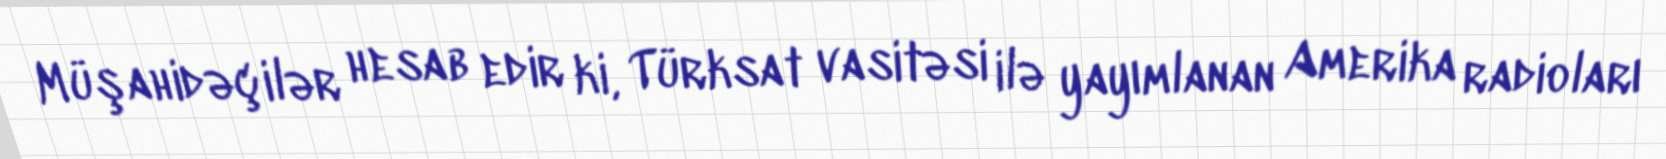
Müşahidəçilər hesab edir ki, Türksat vasitəsi ilə yayımlanan Amerika radioları